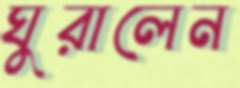
ঘুরালেন